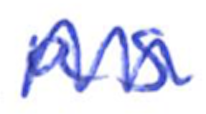
Text: as
Cross-out: mix
Writing tool: ballpoint